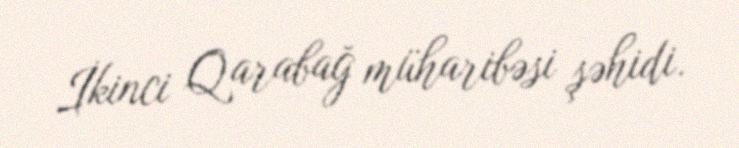
İkinci Qarabağ müharibəsi şəhidi.